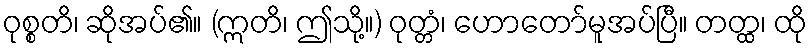
ဝုစ္စတိ၊ ဆိုအပ်၏။ (ဣတိ၊ ဤသို့။) ဝုတ္တံ၊ ဟောတော်မူအပ်ပြီ။ တတ္ထ၊ ထို